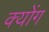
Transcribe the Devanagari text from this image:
क्योंग